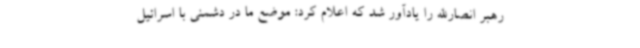
رهبر انصارالله را یادآور شد که اعلام کرد: موضع ما در دشمنی با اسرائیل